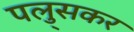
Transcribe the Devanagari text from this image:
पलु्सकर